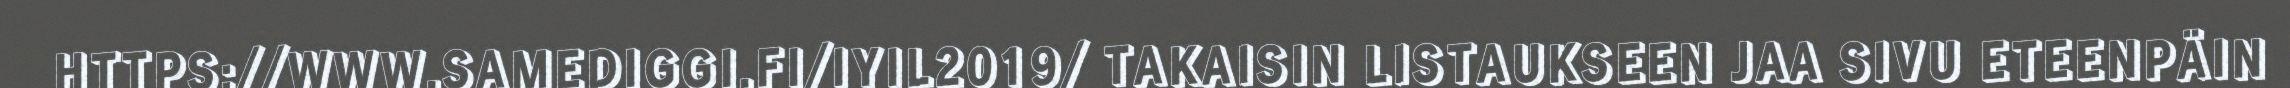
HTTPS://WWW.SAMEDIGGI.FI/IYIL2019/ TAKAISIN LISTAUKSEEN JAA SIVU ETEENPÄIN